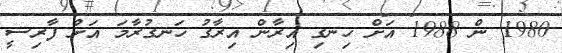
1980 ން 1988 އަށް ހިނގި އިރާން އިރާގު ހަނގުރާމަ އަށް ފާރިސީ